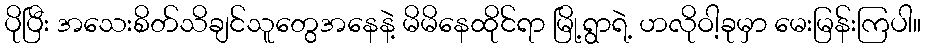
ပိုပြီး အသေးစိတ်သိချင်သူတွေအနေနဲ့ မိမိနေထိုင်ရာ မြို့ရွာရဲ့ ဟလိုဝါ့ခုမှာ မေးမြန်းကြပါ။